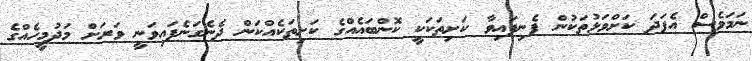
ނަމަވެސް އެފަދަ ކަށްވަޅުތަކުން ފެނިފައިވާ ކަށިތަކަކީ ކޮންބައެއްގެ ކަށިތަކެއްކަން ދެނެގަނެފައިވަނީ ވަރަށް މަދުމީހެއްގެ